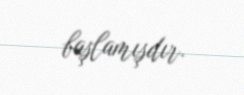
başlamışdır.